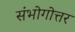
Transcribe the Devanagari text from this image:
संभोगोत्तर